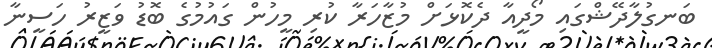
ބަނގުލާދޭޝްގައި މޯދީއާ ދެކޮޅަށް މުޒާހަރާ ކުރި މީހުން ގައުމުގެ ބޮޑު ވަޒީރު ހަސީނާ